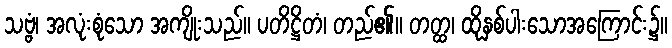
သဗ္ဗံ၊ အလုံးစုံသော အကျိုးသည်။ ပတိဋ္ဌိတံ၊ တည်၏။ တတ္ထ၊ ထိုနှစ်ပါးသောအကြောင်း၌။